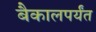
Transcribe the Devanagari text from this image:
बैकालपर्यंत